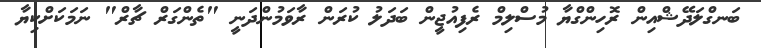
ބަނގްލަދޭޝްއިން ރޮހިންގްޔާ މުސްލިމް ރެފިއުޖީން ބަދަލު ކުރަން ރާވަމުންދަނީ "ތެންގަރް ޗާރް" ނަމަކަށްކިޔާ